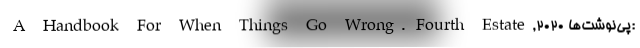
A Handbook For When Things Go Wrong. Fourth Estate,2020 پی‌نوشت‌ها: